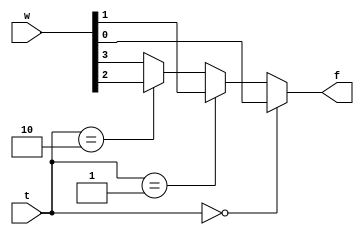
module q3(w, t, f);
input [3:0] w;
input [1:0] t;
output f;
reg f;
always @(w or t or f)
	if (t == 0)
		f = w[0];
	else if (t == 1)
		f = w[1];
	else if(t == 2)
		f = w[2];
	else
		f = w[3];
endmodule